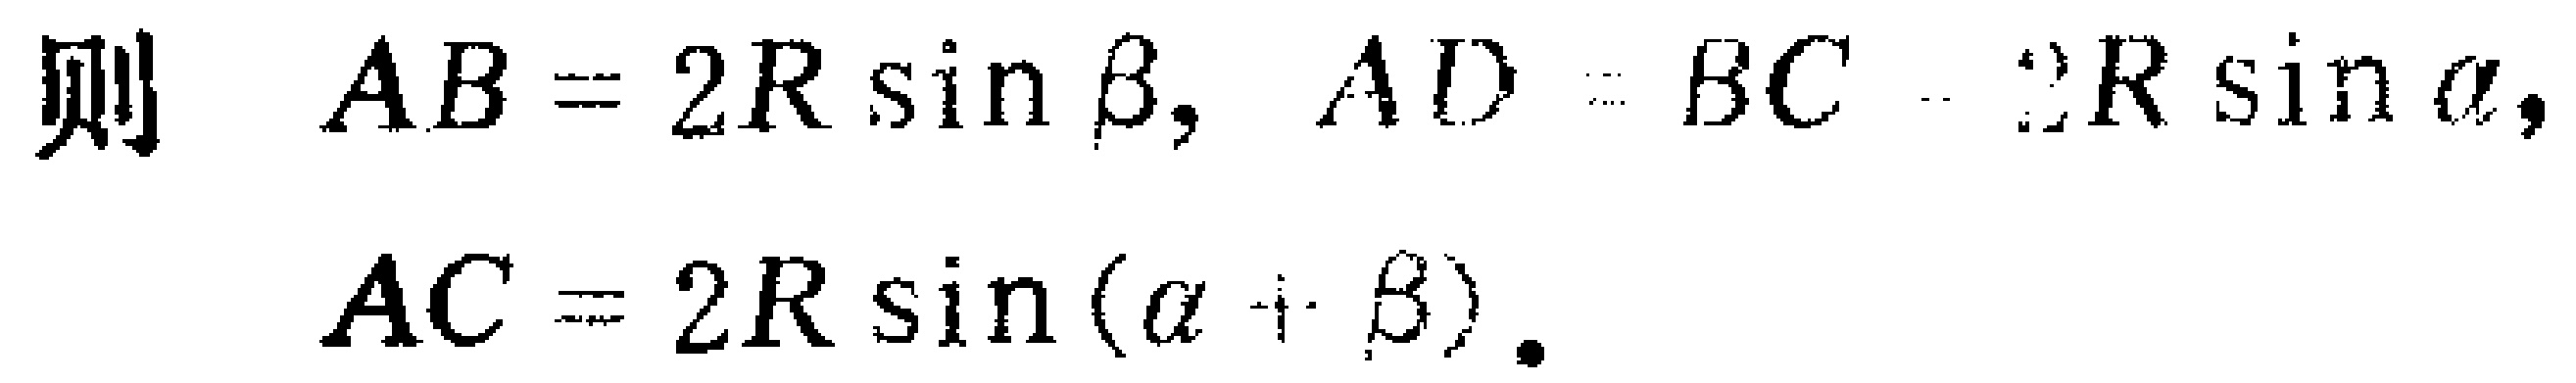
则 \(AB = 2R\sin\beta, AD = BC = 2R\sin\alpha,\)
\(AC = 2R\sin(\alpha + \beta).\)